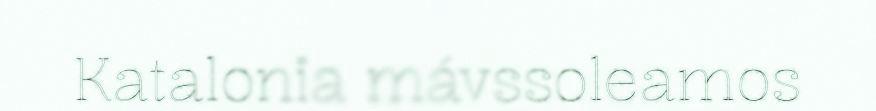
Katalonia mávssoleamos